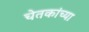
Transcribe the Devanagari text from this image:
चेतकांच्या